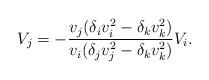
LaTeX: \begin{align*}\displaystyle V_j=-\frac{v_j(\delta_i v_i^2-\delta_k v_k^2)}{v_i(\delta_j v_j^2-\delta_k v_k^2)}V_i.\end{align*}